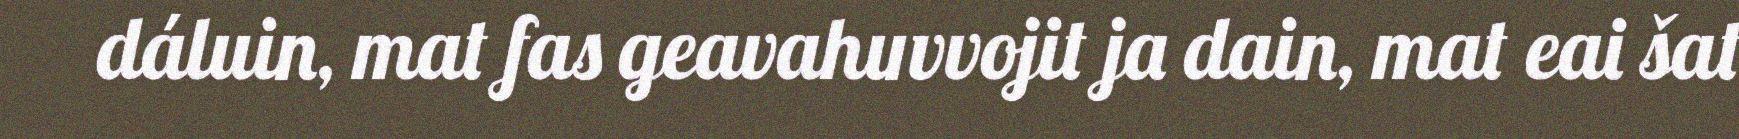
dáluin, mat fas geavahuvvojit ja dain, mat eai šat